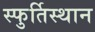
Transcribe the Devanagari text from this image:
स्फुर्तिस्थान